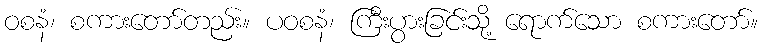
ဝစနံ၊ စကားတော်တည်း။ ပဝစနံ၊ ကြီးပွားခြင်းသို့ ရောက်သော စကားတော်။